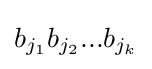
b_{j_{1}}b_{j_{2}}...b_{j_{k}}